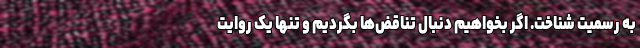
به رسمیت شناخت. اگر بخواهیم دنبال تناقض‌ها بگردیم و تنها یک روایت